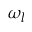
\omega _ { l }